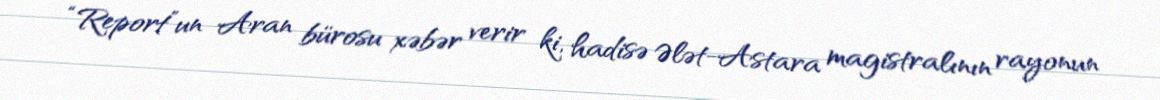
“Report”un Aran bürosu xəbər verir ki, hadisə Ələt-Astara magistralının rayonun